Annual report of lunatic asylums [Bombay] - 1912-1922
Year: 1912
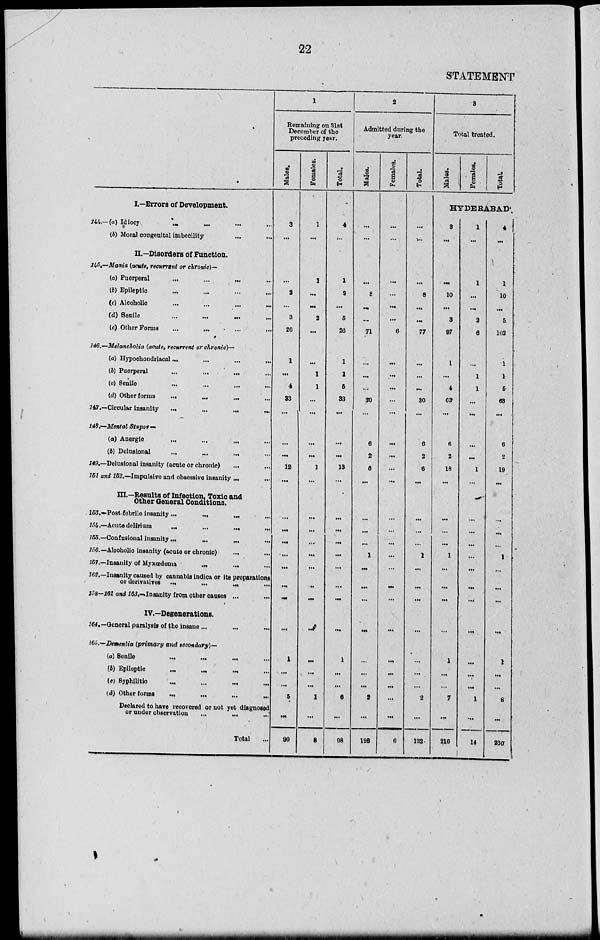
22
STATEMENT
I.—Errors of Development.
144.—(a) Idiocy
...
...
...
...
(b) Moral congenital imbecility ... ...
II.—Disorders of Function.
145.—Mania (acute, recurrent or chronic)-
(a) Puerperal
... ... ... ...
(b) Epileptic ... ... ... ...
(c)
Alcoholic
...
...
...
...
(d) Senile
...
...
...
...
(e) Other Forms ... ... ... ...
146.—Melancholia (acute, recurrent or chronic)—
(a) Hypochondriacal ... ... ... ...
(b) Puerperal ... ... ... ... ...
(c) Senile ... ... ... ...
(d) Other forms
...
...
...
...
147 .—Circular insanity ... ... ... ...
148.—Mental Stupor—
(a) Anergic
...
...
...
...
(b) Delusional
...
...
...
...
149.—Delusional insanity (acute or chronic)
...
...
151 and 152.—Impulsive and obsessive insanity ... ...
III.—Results of Infection, Toxic and
Other General Conditions.
153.—Post febrile insanity
...
...
...
...
154.—Acute delirium
...
...
...
...
155.—Confusional insanity...
...
... ...
156.—Alcoholic insanity (acute or chronic) ... ...
157.—Insanity of Myxœdema ... ...
...
162.—Insanity caused by cannabis Indies or its preparations
or derivatives ...
...
...
...
158—161 and 163.––Insanity from other causes ...
...
IV.—Degenerations.
164.—General paralysis of the insane ... ... ...
165.––Dementia (primary and secondary)—
(a) Senile
...
...
...
..
(b) Epileptic
...
...
...
..
(c)
Syphilitic
...
...
...
...
(d) Other forms
...
...
...
...
Declared to have recovered or not yet diagnosed
or under observation
...
...
Total ...
1
Remaining on 31st
December of the
preceding year.
Males.
3
. ..
...
2
...
3
26
1
...
4
33
...
...
...
12
. ..
...
...
...
...
...
...
...
...
1
...
...
5
90
Females.
1
. ..
1
...
...
2
. ..
...
1
1
...
...
...
...
1
...
...
...
...
...
...
...
...
...
...
...
...
1
. ..
8
Total.
4
...
1
2
...
5
26
1
1
5
33
...
...
...
13
...
...
...
...
...
...
...
...
...
1
. ..
. ..
6
...
98
2
Admitted during the
year.
Males.
...
...
...
8
...
...
71
...
...
...
30
...
6
2
6
...
...
...
...
1
...
...
...
...
...
...
...
2
...
126
Females.
...
...
...
...
...
...
6
...
...
...
...
...
...
...
...
...
...
...
...
...
...
...
...
...
...
...
...
...
...
6
Total.
...
...
...
8
...
...
77
. ..
...
...
30
...
6
2
6
...
...
...
...
1
...
...
...
...
...
...
...
2
...
132
3
Total treated.
Males.
Females.
Total.
HYDERABAD
3
...
...
10
...
3
97
1
...
4
63
...
6
2
18
. ..
. ..
...
...
1
...
...
...
...
1
...
...
7
...
216
1
...
1
...
...
2
6
...
1
1
...
...
...
...
1
...
...
. ..
...
...
...
...
...
...
...
...
...
1
...
14
4
...
1
10
...
5
103
1
1
5
63
...
6
2
19
...
...
...
...
1
...
...
...
...
1
...
...
8
...
230